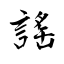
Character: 謠